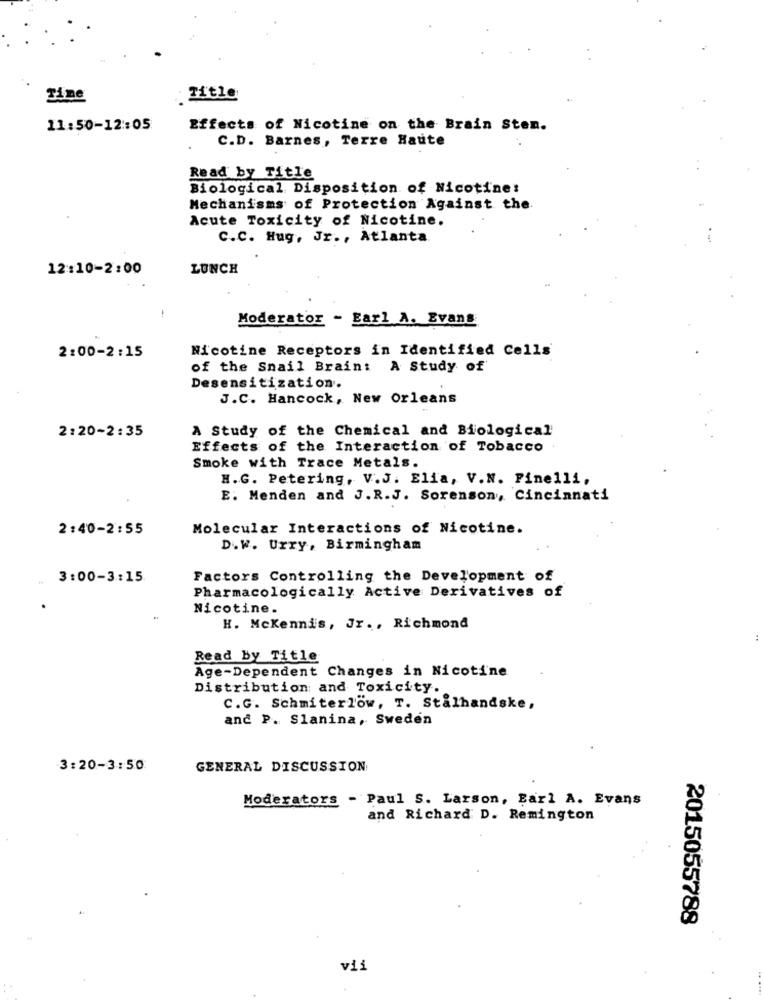
Tine
Title
11:50-12 :: 05
Effects of Nicotine on the Brain Sten.
C.D. Barnes, Terre Haute
Read by Title
Biological Disposition of Nicotine:
Mechanisms of Protection Against the.
Acute Toxicity of Nicotine.
C.C. Hug, Jr ., Atlanta
12:10-2:00
LUNCH
Moderator - Earl A. Evans
Nicotine Receptors in Identified Cells
2:00-2:15
of the Snail Brain: A Study of
Desensitization.
J.C. Hancock, New Orleans
A Study of the Chemical and Biological
2:20-2:35
Effects of the Interaction of Tobacco
Smoke with Trace Metals.
H.G. Petering, V.J. Ella, V.N. Pinelli,
E. Menden and J.R.J. Sorenson, Cincinnati
2:40-2:55
Molecular Interactions of Nicotine.
D.W. Urry, Birmingham
3:00-3:15
Factors Controlling the Development of
Pharmacologically Active Derivatives of
Nicotine.
H. McKennis, Jr ., Richmond
Read by Title
Age-Dependent Changes in Nicotine
Distribution and Toxicity.
C.G. Schmiterlow, T. Stålhandske,
and P. Slanina, Sweden
3:20-3:50
GENERAL DISCUSSION
Moderators - Paul S. Larson, Earl A. Evans
and Richard D. Remington
2015055788
vii